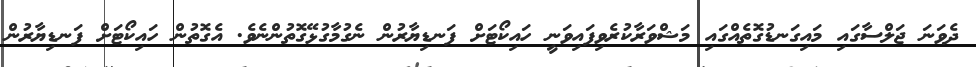
ދެވަނަ ޖަލްސާގައި މައިގަނޑުގޮތެއްގައި މަޝްވަރާކުރެވިފައިވަނީ ހައިކޯޓަށް ފަނޑިޔާރުން ނެގުމާގުޅޭގޮތުންނެވެ. އެގޮތުން ހައިކޯޓަށް ފަނޑިޔާރުން